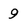
Character: 9